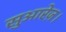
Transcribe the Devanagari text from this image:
सुआरेज़।